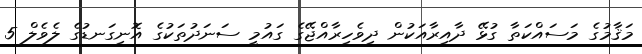
މަޤާމުގެ މަސައްކަތާ ގުޅޭ ދާއިރާއަކުން ދިވެހިރާއްޖޭގެ ގައުމީ ސަނަދުތަކުގެ އޮނިގަނޑުގެ ލެވެލް 5